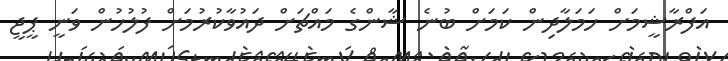
އަފްރާޝީމަށް ހަމަލާދިން ކަމަށް ބުނެ ޝާންގެ މައްޗަށް ދައުވާކުރުމަށް ފުލުހުން ވަނީ ޕީޖީ